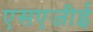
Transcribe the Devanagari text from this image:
एसएजीई